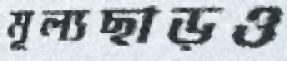
মূল্যছাড়ও